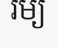
រម្យ